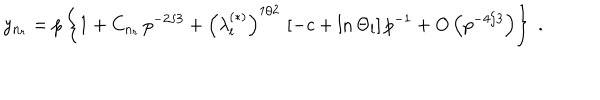
LaTeX: y _ { n _ { r } } = p \left\{ 1 + C _ { n _ { r } } \, p ^ { - 2 / 3 } + \left( \lambda _ { l } ^ { ( \ast ) } \right) ^ { 1 / 2 } \, \left[ - c + \ln \Theta _ { l } \right] p ^ { - 1 } + O \left( p ^ { - 4 / 3 } \right) \right\} \; .